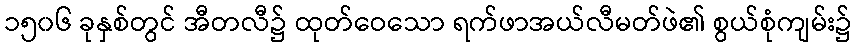
၁၅၀၆ ခုနှစ်တွင် အီတလီ၌ ထုတ်ဝေသော ရက်ဖာအယ်လီမတ်ဖဲ၏ စွယ်စုံကျမ်း၌